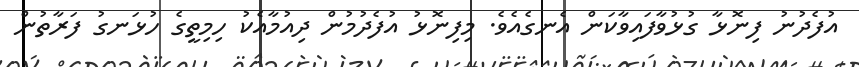
އުފެދުނު ފިނޮޅާ ގުޅުވާފައިވާކަން އެނގެއެވެ. މިފިނޮޅު އުފެދުމުން ދިއުމާއެކު ހިމިތީގެ ހުޅަނގު ފަރާތުން